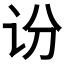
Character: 𫍛